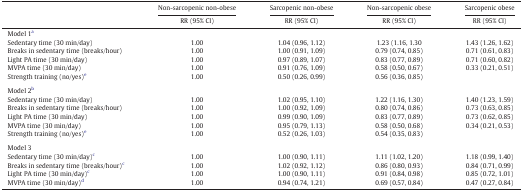
<table><thead><tr><td rowspan="2">[EMPTY_CELL]</td><td><b>Non-sarcopenic non-obese</b></td><td><b>Sarcopenic non-obese</b></td><td><b>Non-sarcopenic obese</b></td><td><b>Sarcopenic obese</b></td></tr><tr><td><b>RR (95% CI)</b></td><td><b>RR (95% CI)</b></td><td><b>RR (95% CI)</b></td><td><b>RR (95% CI)</b></td></tr></thead><tbody><tr><td colspan="5">Model 1a</td></tr><tr><td>Sedentary time (30 min/day)</td><td>1.00</td><td>1.04 (0.96, 1.12)</td><td>1.23 (1.16, 1.30</td><td>1.43 (1.26, 1.62)</td></tr><tr><td>Breaks in sedentary time (breaks/hour)</td><td>1.00</td><td>1.00 (0.91, 1.09)</td><td>0.79 (0.74, 0.85)</td><td>0.71 (0.61, 0.83)</td></tr><tr><td>Light PA time (30 min/day)</td><td>1.00</td><td>0.97 (0.89, 1.07)</td><td>0.83 (0.77, 0.89)</td><td>0.71 (0.60, 0.82)</td></tr><tr><td>MVPA time (30 min/day)</td><td>1.00</td><td>0.91 (0.76, 1.09)</td><td>0.58 (0.50, 0.67)</td><td>0.33 (0.21, 0.51)</td></tr><tr><td>Strength training (no/yes)e</td><td>1.00</td><td>0.50 (0.26, 0.99)</td><td>0.56 (0.36, 0.85)</td><td>[EMPTY_CELL]</td></tr><tr><td colspan="5">[EMPTY_CELL]</td></tr><tr><td colspan="5">Model 2b</td></tr><tr><td>Sedentary time (30 min/day)</td><td>1.00</td><td>1.02 (0.95, 1.10)</td><td>1.22 (1.16, 1.30)</td><td>1.40 (1.23, 1.59)</td></tr><tr><td>Breaks in sedentary time (breaks/hour)</td><td>1.00</td><td>1.00 (0.92, 1.09)</td><td>0.80 (0.74, 0.86)</td><td>0.73 (0.63, 0.85)</td></tr><tr><td>Light PA time (30 min/day)</td><td>1.00</td><td>0.99 (0.90, 1.09)</td><td>0.83 (0.77, 0.89)</td><td>0.73 (0.62, 0.85)</td></tr><tr><td>MVPA time (30 min/day)</td><td>1.00</td><td>0.95 (0.79, 1.13)</td><td>0.58 (0.50, 0.68)</td><td>0.34 (0.21, 0.53)</td></tr><tr><td>Strength training (no/yes)e</td><td>1.00</td><td>0.52 (0.26, 1.03)</td><td>0.54 (0.35, 0.83)</td><td>[EMPTY_CELL]</td></tr><tr><td colspan="5">[EMPTY_CELL]</td></tr><tr><td colspan="5">Model 3</td></tr><tr><td>Sedentary time (30 min/day)c</td><td>1.00</td><td>1.00 (0.90, 1.11)</td><td>1.11 (1.02, 1.20)</td><td>1.18 (0.99, 1.40)</td></tr><tr><td>Breaks in sedentary time (breaks/hour)c</td><td>1.00</td><td>1.02 (0.92, 1.12)</td><td>0.86 (0.80, 0.93)</td><td>0.84 (0.71, 0.99)</td></tr><tr><td>Light PA time (30 min/day)c</td><td>1.00</td><td>1.00 (0.90, 1.11)</td><td>0.91 (0.84, 0.98)</td><td>0.85 (0.72, 1.01)</td></tr><tr><td>MVPA time (30 min/day)d</td><td>1.00</td><td>0.94 (0.74, 1.21)</td><td>0.69 (0.57, 0.84)</td><td>0.47 (0.27, 0.84)</td></tr></tbody></table>